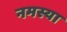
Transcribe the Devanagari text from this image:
नमस्या